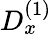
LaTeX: D_{x}^{(1)}